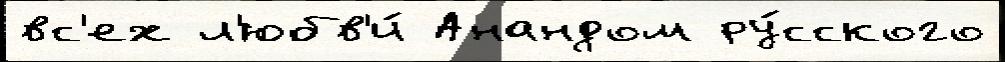
вс'ех л'юбв'и́ Анандом ру́сского